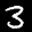
Label: 3